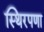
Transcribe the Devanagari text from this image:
स्थिरपणा